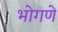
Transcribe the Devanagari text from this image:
भोगणे